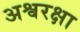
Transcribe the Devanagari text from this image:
अश्वरक्षा